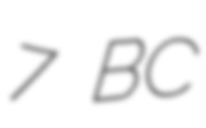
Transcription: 7 BC